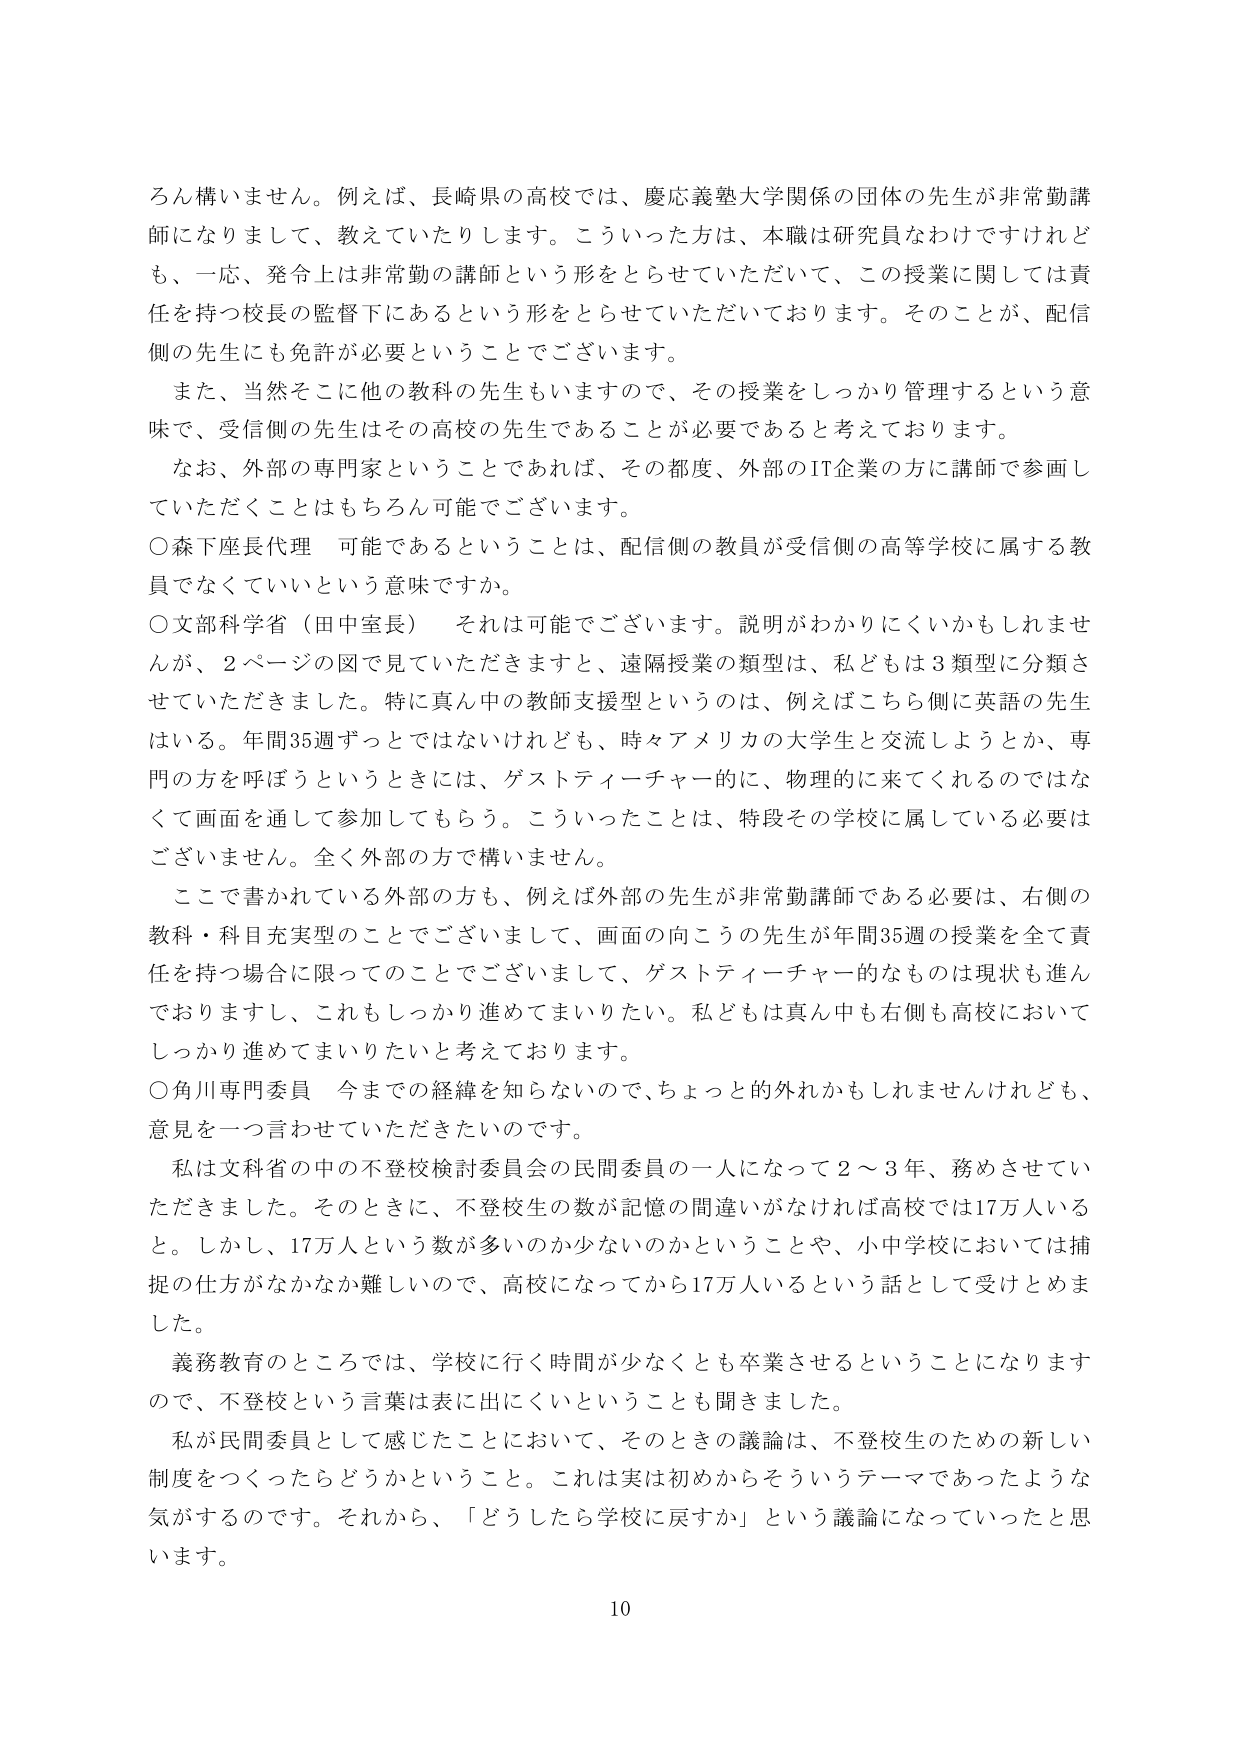
ろん構いません。例えば、長崎県の高校では、慶応義塾大学関係の団体の先生が非常勤講師になりまして、教えていたりします。こういった方は、本職は研究員なわけですけれども、一応、発令上は非常勤の講師という形をとらせていただいて、この授業に関しては責任を持つ校長の監督下にあるという形をとらせていただいております。そのことが、配信側の先生にも免許が必要ということでございます。

また、当然そこに他の教科の先生もいますので、その授業をしっかり管理するという意味で、受信側の先生はその高校の先生であることが必要であると考えております。

なお、外部の専門家ということであれば、その都度、外部のIT企業の方に講師で参画していただくことはもちろん可能でございます。

○森下座長代理　可能であるということは、配信側の教員が受信側の高等学校に属する教員でなくていいという意味ですか。

○文部科学省（田中室長）　それは可能でございます。説明がわかりにくいかもしれませんが、2ページの図で見ていただきますと、遠隔授業の類型は、私どもは3類型に分類させていただきました。特に真ん中の教師支援型というのは、例えばこちら側に英語の先生はいる。年間35週ずっとではないけれども、時々アメリカの大学生と交流しようとか、専門の方を呼ぼうというときには、ゲストティーチャー的に、物理的に来てくれるのではなくて画面を通して参加してもらう。こういったことは、特段その学校に属している必要はございません。全く外部の方で構いません。

ここで書かれている外部の方も、例えば外部の先生が非常勤講師である必要は、右側の教科・科目充実型のことでございまして、画面の向こうの先生が年間35週の授業を全て責任を持つ場合に限ってのことでございまして、ゲストティーチャー的なものは現状も進んでおりますし、これもしっかり進めてまいりたい。私どもは真ん中も右側も高校においてしっかり進めてまいりたいと考えております。

○角川専門委員　今までの経緯を知らないので、ちょっと的外れかもしれませんが、意見を一つ言わせていただきたいのです。

私は文科省の中の不登校検討委員会の民間委員の一人になって2～3年、務めさせていただきました。そのときに、不登校生の数が記憶の間違いがなければ高校では17万人いると。しかし、17万人という数が多いのか少ないのかということや、小中学校においては捕捉の仕方がなかなか難しいので、高校になってから17万人いるという話として受けとめました。

義務教育のところでは、学校に行く時間が少なくとも卒業させるということになりますので、不登校という言葉は表に出にくいということも聞きました。

私が民間委員として感じたことにおいて、そのときの議論は、不登校生のための新しい制度をつくったらどうかということ。これは実は初めからそういうテーマであったような気がするのです。それから、「どうしたら学校に戻すか」という議論になっていったと思います。

10